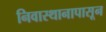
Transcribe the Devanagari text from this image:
निवास्थानापासून